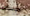
الموسيقى